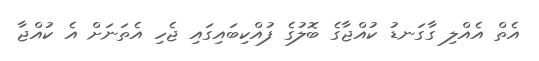
އެތް އެއްލި ގާގަނޑު ކުއްޖާގެ ބޮލުގެ ފުއްކިބައިގައި ޖެހި އެތަނަށް އެ ކުއްޖާ